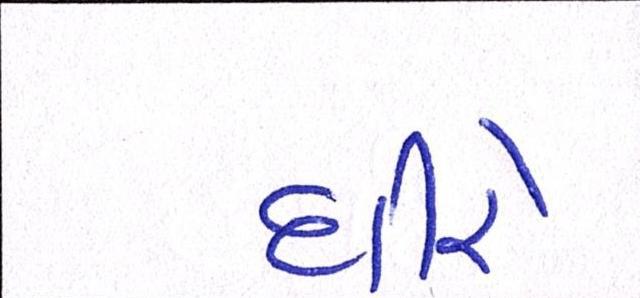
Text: ધીરે